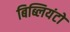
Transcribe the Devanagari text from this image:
बिब्लियंटों